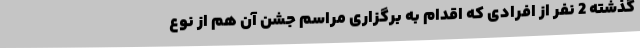
گذشته 2 نفر از افرادی که اقدام به برگزاری مراسم جشن آن هم از نوع